Plague in India, 1896, 1897 - Volume 1
Year: 1896
Disease focus: Plague
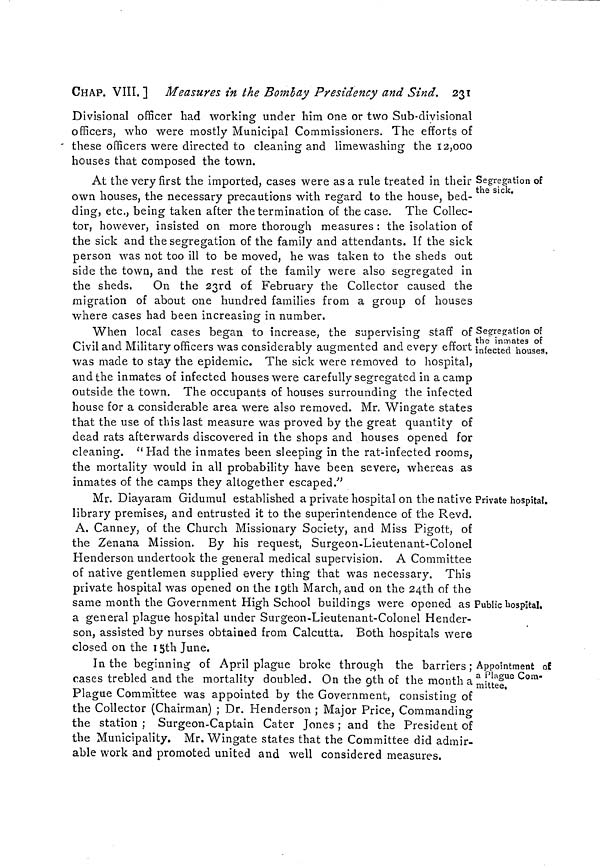
CHAP. VIII. ] Measures in the Bombay Presidency and Sind. 231
Divisional officer had working under him One or two Sub-divisional
officers, who were mostly Municipal Commissioners. The efforts of
these officers were directed to cleaning and limewashing the 12,000
houses that composed the town.
Segregation of
the sick.
At the very first the imported, cases were as a rule treated in their
own houses, the necessary precautions with regard to the house, bed-
ding, etc., being taken after the termination of the case. The Collec-
tor, however, insisted on more thorough measures : the isolation of
the sick and the segregation of the family and attendants. If the sick
person was not too ill to be moved, he was taken to the sheds out
side the town, and the rest of the family were also segregated in
the sheds.
On the 23rd of February the Collector caused the
migration of about one hundred families from a group of houses
where cases had been increasing in number.
Segregation of
the inmates of
infected houses.
When local cases began to increase, the supervising staff of
Civil and Military officers was considerably augmented and every effort
was made to stay the epidemic. The sick were removed to hospital,
and the inmates of infected houses were carefully segregated in a camp
outside the town. The occupants of houses surrounding the infected
house for a considerable area were also removed. Mr. Wingate states
that the use of this last measure was proved by the great quantity of
dead rats afterwards discovered in the shops and houses opened for
cleaning. " Had the inmates been sleeping in the rat-infected rooms,
the mortality would in all probability have been severe, whereas as
inmates of the camps they altogether escaped."
Private hospital.
Public hospital.
Mr. Diayaram Gidumul established a private hospital on the native
library premises, and entrusted it to the superintendence of the Revd.
A. Canney, of the Church Missionary Society, and Miss Pigott, of
the Zenana Mission. By his request, Surgeon-Lieutenant-Colonel
Henderson undertook the general medical supervision. A Committee
of native gentlemen supplied every thing that was necessary. This
private hospital was opened on the 19th March, and on the 24th of the
same month the Government High School buildings were opened as
a general plague hospital under Surgeon-Lieutenant-Colonel Hender-
son, assisted by nurses obtained from Calcutta. Both hospitals were
closed on the 15th June.
Appointment of
a Plague Com-
mittee,
In the beginning of April plague broke through the barriers ;
cases trebled and the mortality doubled. On the 9th of the month a
Plague Committee was appointed by the Government, consisting of
the Collector (Chairman) ; Dr. Henderson ; Major Price, Commanding
the station ; Surgeon-Captain Cater Jones ; and the President of
the Municipality. Mr. Wingate states that the Committee did admir-
able work and promoted united and well considered measures.